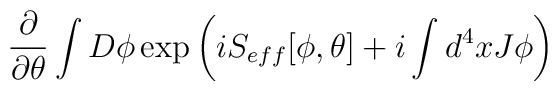
\frac{\partial }{\partial \theta }\int D\phi \exp \left( iS_{eff}[\phi ,\theta ]+i\int d^{4}xJ\phi \right)